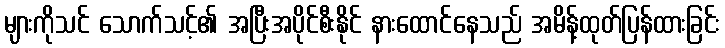
များကိုသင် သောက်သင့်၏ အပြီးအပိုင်စီးနိုင် နားထောင်နေသည် အမိန့်ထုတ်ပြန်ထားခြင်း